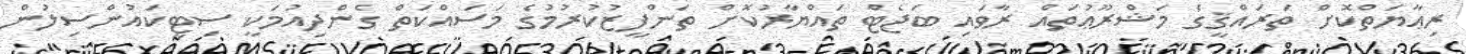
ރިޢާޔަތްކޮށް ތަރައްޤީގެ މަޝްރޫޢުތައް ރާވައި ބަޖެޓް ތައްޔާރުކޮށް ތަންފީޒުކުރުމުގެ މަސައްކަތް ގެންދިއުމަކީ ސިޓީކައުންސިލުން